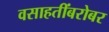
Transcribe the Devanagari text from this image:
वसाहतींबरोबर